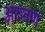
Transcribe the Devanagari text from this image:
अरुवण